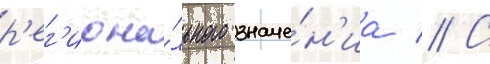
р'ег'иона́льного значе́н'иа // С